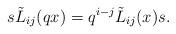
LaTeX: \begin{align*}s\tilde{L}_{ij}(qx) =q^{i-j}\tilde{L}_{ij}(x) s.\end{align*}